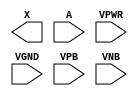
module sky130_fd_sc_hvl__buf (
    X   ,
    A   ,
    VPWR,
    VGND,
    VPB ,
    VNB
);

    output X   ;
    input  A   ;
    input  VPWR;
    input  VGND;
    input  VPB ;
    input  VNB ;
endmodule